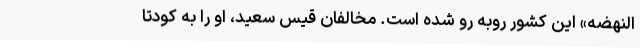
النهضه» این کشور روبه رو شده است. مخالفان قیس سعید، او را به کودتا